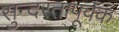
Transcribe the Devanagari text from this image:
सुन्दरतापूर्वक